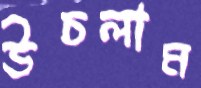
উচলাম